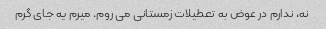
نه، ندارم در عوض به تعطیلات زمستانی می روم. میرم یه جای گرم